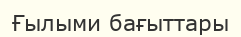
Ғылыми бағыттары